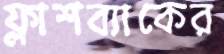
ফ্লাশব্যাকের